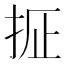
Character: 𫼢